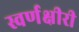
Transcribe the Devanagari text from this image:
स्वर्णक्षीरी